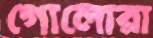
গোলোরা